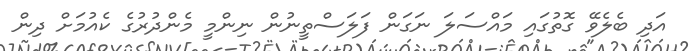
އަދި ބެލެވޭ ގޮތުގައި މައްސަލަ ނަގަން ފަލަސްތީނުން ނިންމީ މެންދުރުގެ ކެއުމަށް ދިން